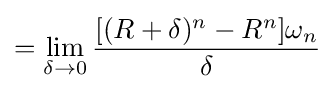
=\lim _{\delta \to 0}{\frac {[(R+\delta )^{n}-R^{n}]\omega _{n}}{\delta }}